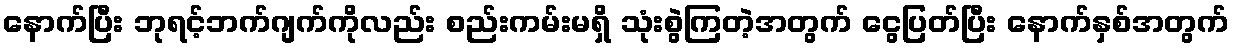
နောက်ပြီး ဘုရင့်ဘက်ဂျက်ကိုလည်း စည်းကမ်းမရှိ သုံးစွဲကြတဲ့အတွက် ငွေပြတ်ပြီး နောက်နှစ်အတွက်